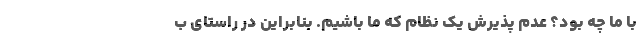
با ما چه بود؟ عدم پذیرش یک نظام که ما باشیم. بنابراین در راستای ب